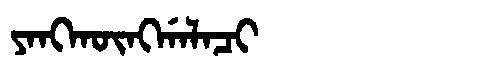
Manchu: ᠶᠠᠩᡴᡡᠩᡤᠠᠯᠠᠴᡳ
Romanization: YANGKŪNGGALACI